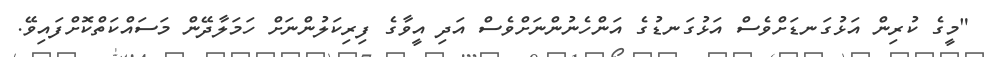
"މީގެ ކުރިން އަޅުގަނޑަށްވެސް އަޅުގަނޑުގެ އަންހެނުންނަށްވެސް އަދި އީވާގެ ފިރިކަލުންނަށް ހަމަލާދޭން މަސައްކަތްކޮށްފައިވޭ.